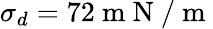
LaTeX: {{\sigma}_{d}}=72\mathrm{~m~N~/~m~}